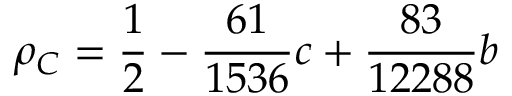
\rho _ { C } = \frac { 1 } { 2 } - \frac { 6 1 } { 1 5 3 6 } c + \frac { 8 3 } { 1 2 2 8 8 } b